Alatskivi_vallavalitsus_et, lk 86
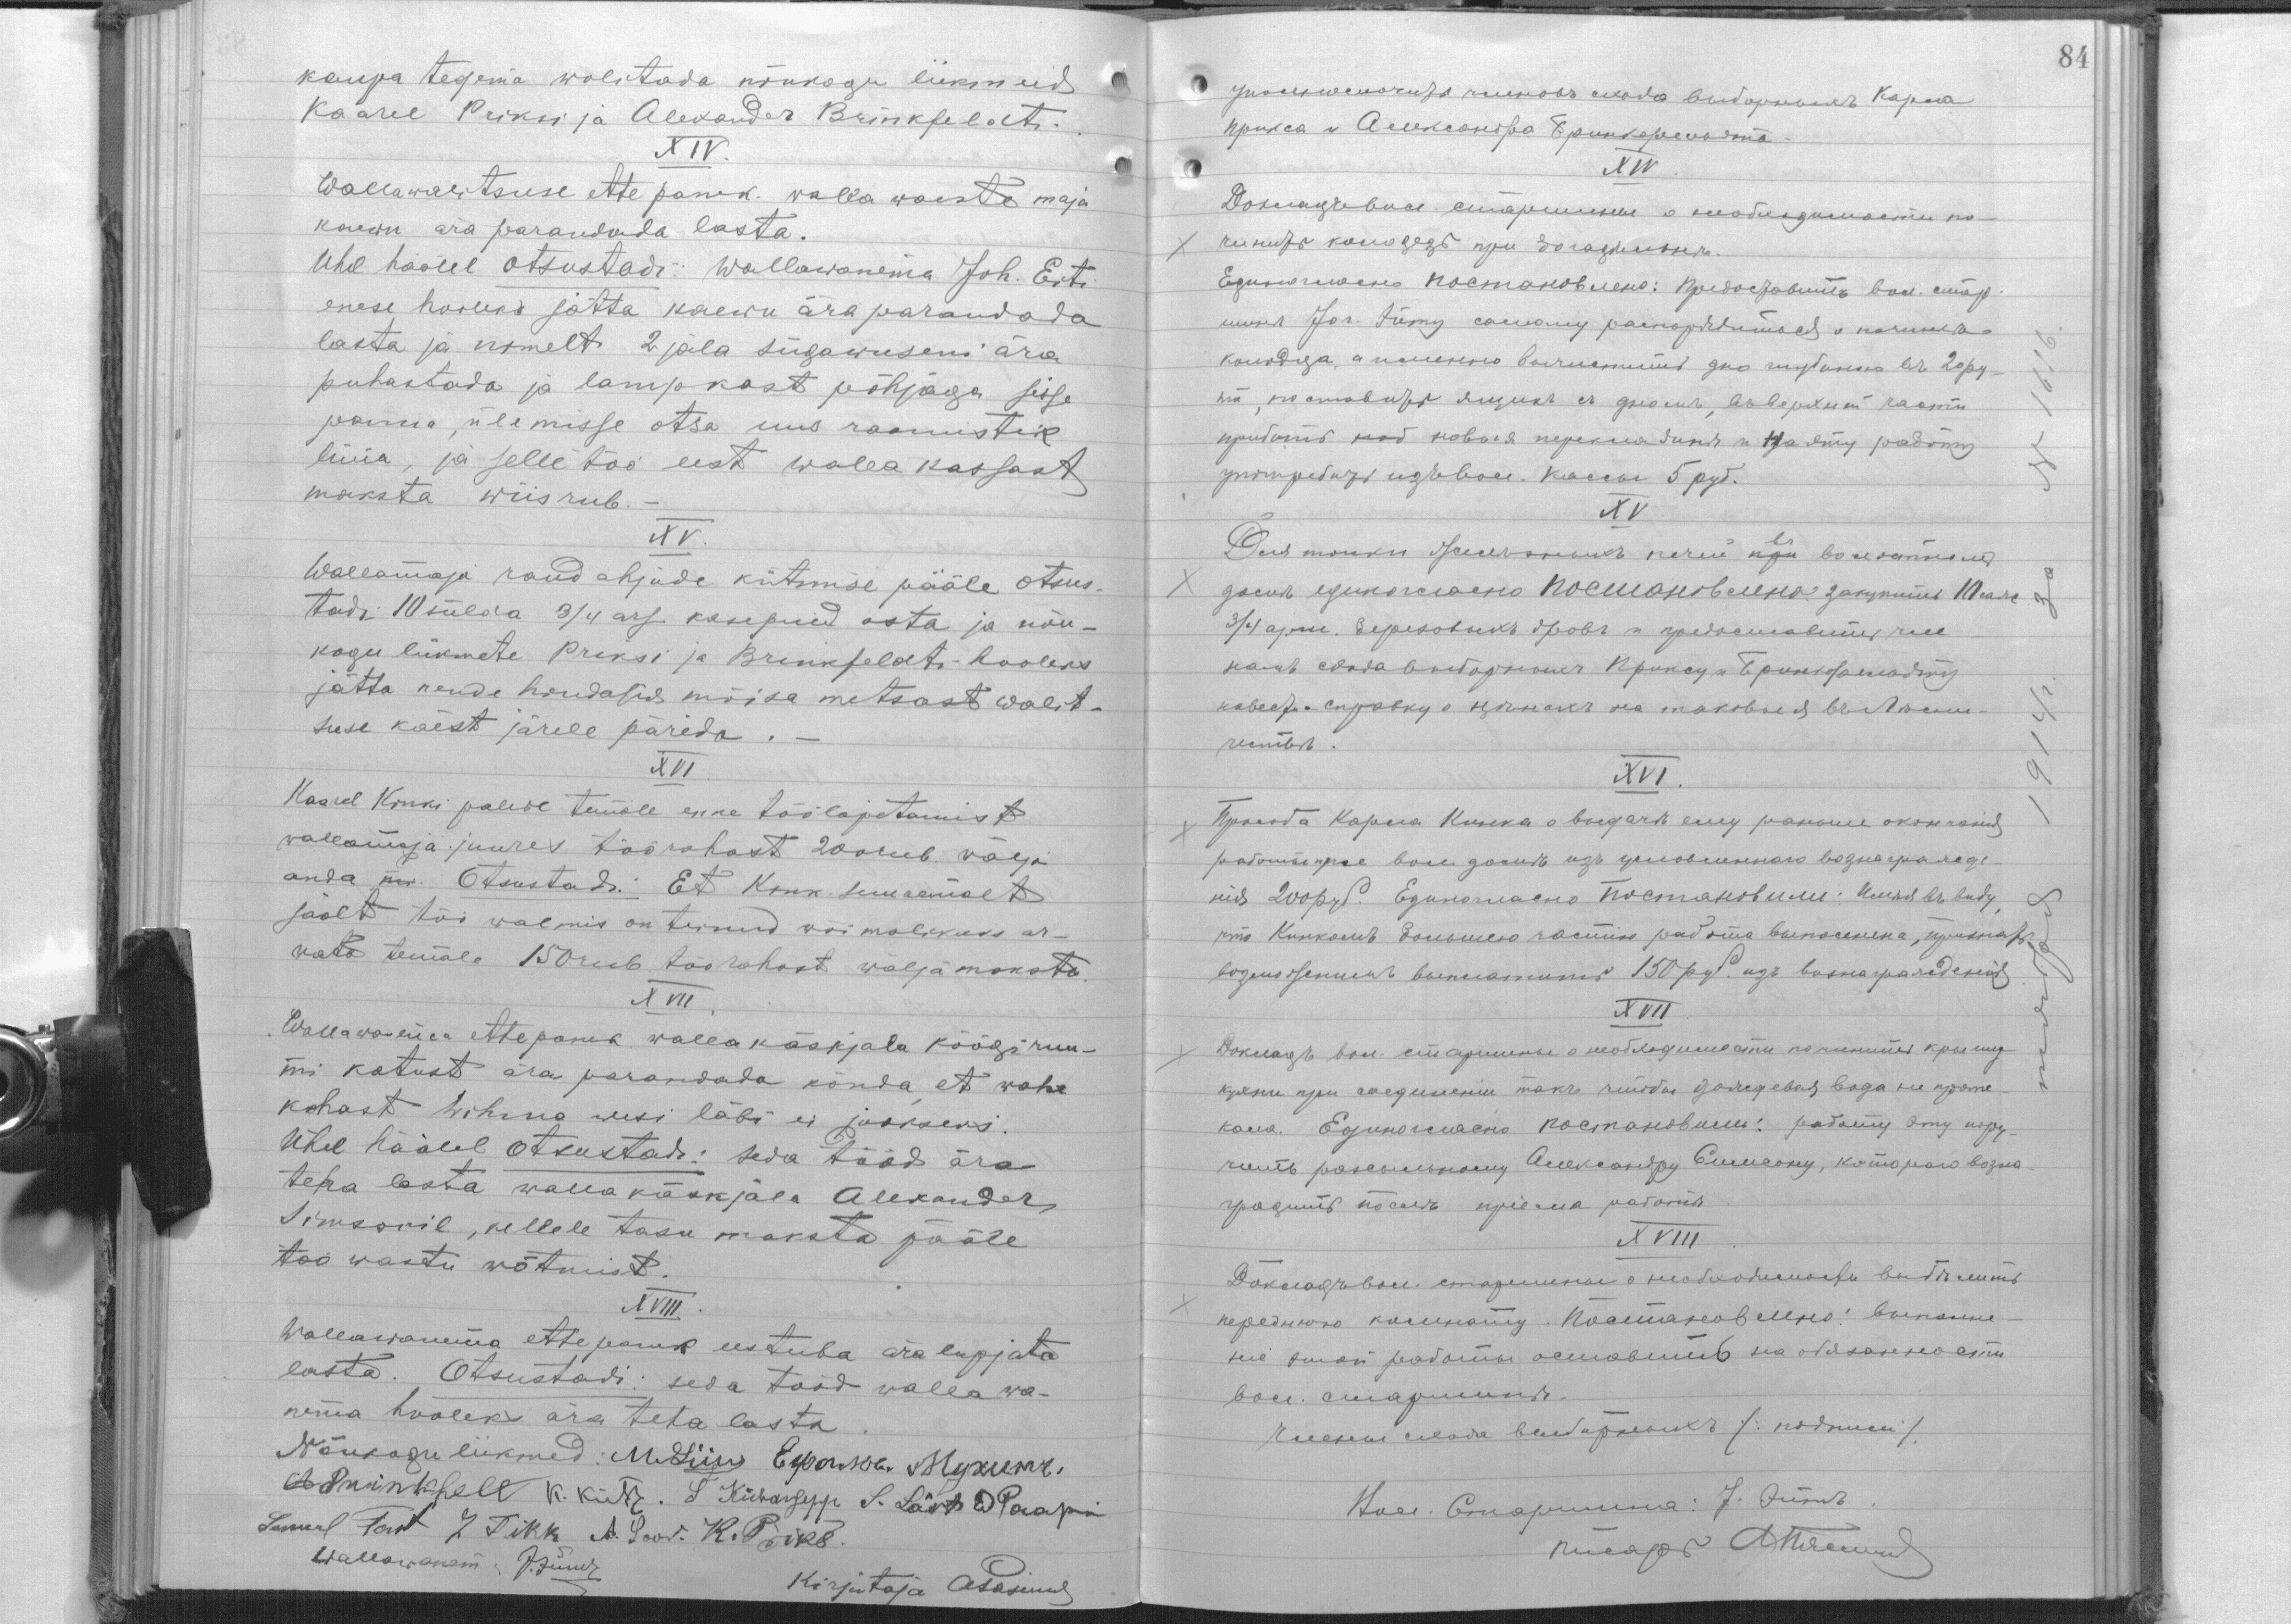
kaupa tegema wolitada nõukogu liikmeid
Kaarel Priksi ja Alexander Brinkfeldti.
XIV.
Wallawalitsuse ettepanek walla waeste maja
kaewu ära parandada lasta.
Ühel häälel otsustadi: Wallawanema Joh. Erti
enese hooleks jätta kaewu ära parandada
lasta ja nimelt 2 jala sügawuseni ära
puhastada ja lampkast põhjaga sisse
panna, ülemisse otsa uus raamistik
lüüa ja selle töö eest wallakassast
maksta wiis rub.
XV.
Wallamaja raud ahjude kütmise pääle otsus-
tadi 10 sülda 3/4 ars. kasepuid osta ja nõu-
kogu liikmete Priksi ja Brikfeldti hooleks
jätta nende hindasid mõisa walit-
suse käest järele pärida.
XVI.
Kaarel Kinki palwe temale enne töölõpetamist
wallamaja juures töörahast 200 rub. wälja
anda m. Otsustadi: Et Kink suuremalt
jaolt töö walmis on teinud wõimalikuks ar-
wata temale 150 rub töörahast wälja maksta.
XVII.
Wallawanema ettepanek walla käskjala köögiruu-
mi katust ära parandada nõnda, et wahe
kohast wihma wesi läbi ei jookseks.
Ühel häälel otsustadi: seda tööd ära
teha lasta wallakäskjala Alexander
Simsonil, kellel tasu maksta pääle
töö wastu wõtmist.
XVIII.
Wallawanema ettepanek eestuba ära lupjata
lasta. Otsustadi: seda tööd wallawa-
nema hooleks ära teha lasta.
Nõukogu liikmed: M Liiw. E M
A Prinkfeldt, K Kütt L Kübarsepp L Lä Pa
Samuel Ta L Tikk A L K P
Wallawanem JJ
Kirjutaja AP